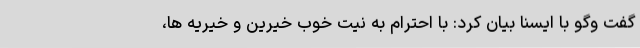
گفت وگو با ایسنا بیان کرد: با احترام به نیت خوب خیرین و خیریه ها،